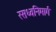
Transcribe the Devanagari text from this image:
रसध्वनिमार्ग